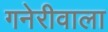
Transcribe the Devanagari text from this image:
गनेरीवाला